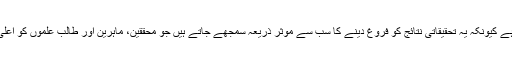
اس حوالے سے تحقیقی جرائد کو بنیادی اہمیت حاصل ہے کیونکہ یہ تحقیقاتی نتائج کو فروغ دینے کا سب سے موثر ذریعہ سمجھے جاتے ہیں جو محققین، ماہرین اور طالب علموں کو اعلیٰ تحقیقی علم کے اشتراک کا پلیٹ فارم مہیا کرتے ہیں۔